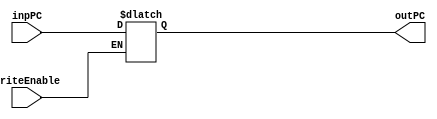
module programCounter(inpPC,
                      outPC,
                      writeEnable);
    input writeEnable;
    input [31:0] inpPC;
    output wire [31:0] outPC;
    reg[31:0] outPCReg;

    always @(*) begin
        case(writeEnable)
            1'b1: outPCReg <= inpPC;
        endcase
    end
    assign outPC = outPCReg;
    
endmodule